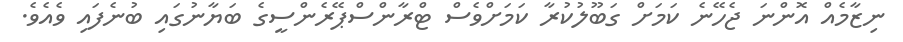
ނިޒާމެއް އޮންނަ ޖެހޭނެ ކަމަށް ގަބޫލުކުރާ ކަމަށްވެސް ޓްރާންސްޕޭރެންސީގެ ބަޔާނުގައި ބުނެފައި ވެއެވެ.